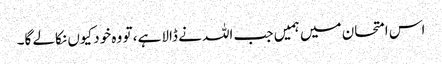
اس امتحان میں ہمیں جب اللہ نے ڈالا ہے، تو وہ خود کیوں نکالے گا۔